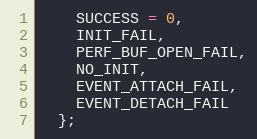
Language: C
    SUCCESS = 0,
    INIT_FAIL,
    PERF_BUF_OPEN_FAIL,
    NO_INIT,
    EVENT_ATTACH_FAIL,
    EVENT_DETACH_FAIL
  };